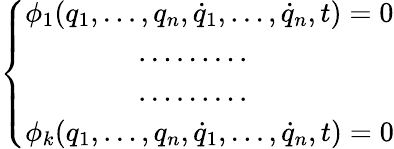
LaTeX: \left\{ \begin{array}{ll}{\phi_{1}(q_{1},\dots,q_{n},{\dot{q}}_{1},\dots,{\dot{q}}_{n},t)=0}\\ {\qquad\qquad\dots\dots\dots}\\ {\qquad\qquad\dots\dots\dots}\\ {\phi_{k}(q_{1},\dots,q_{n},{\dot{q}}_{1},\dots,{\dot{q}}_{n},t)=0}\end{array}\right.